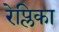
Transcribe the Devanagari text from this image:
रेप्लिका